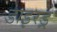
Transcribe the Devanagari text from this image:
डाइरड्रे